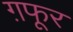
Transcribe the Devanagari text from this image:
ग़फूर